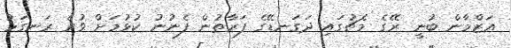
އަޒްމާން ބުނީ ރޭގެ މެޗުގައި ދަގަނޑޭގެ ފަރާތުން ފެނުނު ކުޅުމަށް ވުރެ ރަނގަޅު